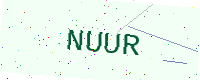
Text: NUUR